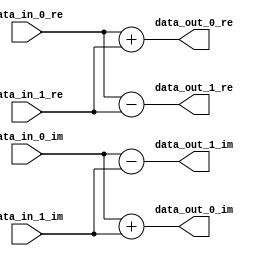
`timescale 1ns/100ps
module bf16 #(parameter WIDTH = 13)(
	input  [WIDTH-1:0] data_in_0_re,
	input  [WIDTH-1:0] data_in_0_im,
	input  [WIDTH-1:0] data_in_1_re,
	input  [WIDTH-1:0] data_in_1_im,
	output [WIDTH-1:0] data_out_0_re,
	output [WIDTH-1:0] data_out_0_im,
	output [WIDTH-1:0] data_out_1_re,
	output [WIDTH-1:0] data_out_1_im
);

assign data_out_0_re = data_in_0_re + data_in_1_re;
assign data_out_0_im = data_in_0_im + data_in_1_im;
assign data_out_1_re = data_in_0_re - data_in_1_re;
assign data_out_1_im = data_in_0_im - data_in_1_im;

endmodule